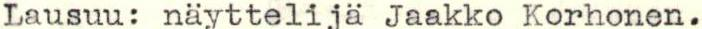
Lausuu: näyttelijä Jaakko Korhonen.